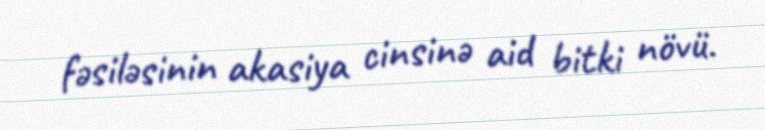
fəsiləsinin akasiya cinsinə aid bitki növü.